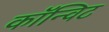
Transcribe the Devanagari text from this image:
कॉन्विट